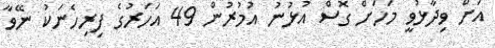
އަށް ވިދާޅުވީ މަހަށް ގޮސް އުޅުނު އުމުރުން 49 އަހަރުގެ ފިރިހެނަކު ނޭވާ